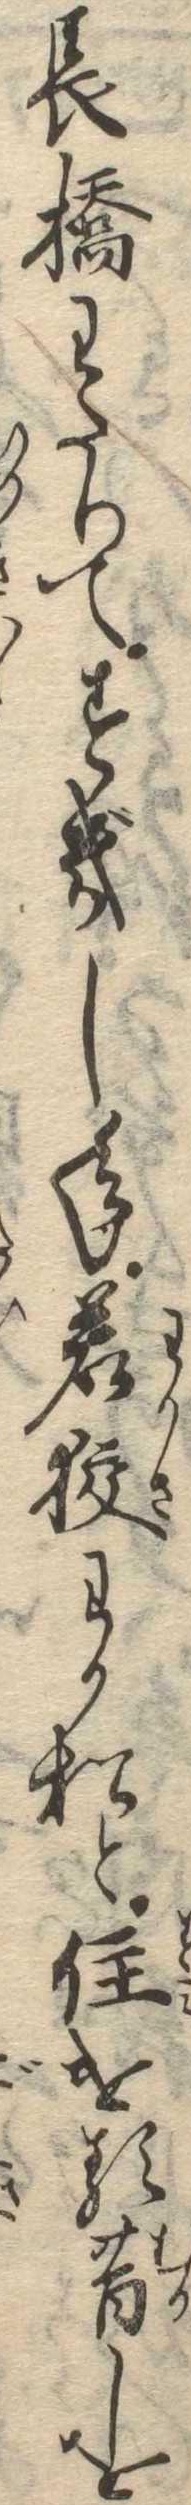
長橋わたりてすぎし年若狭わか松と住ける昔しを